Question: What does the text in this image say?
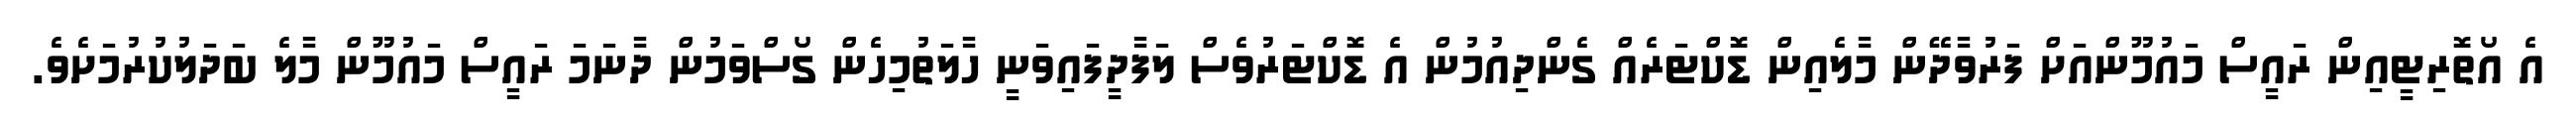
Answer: އެ އޯތޮރިޓީއިން ރައީސް މައުމޫންއަށް ފަރުވާދޭން މާލެއިން ޑޮކްޓަރެއް ގެންދިއުމުން އެ ޑޮކްޓަރުވެސް ލަފާދީފައިވަނީ ހާލަތުމިހެން ގޯސްވަމުން ދާނަމަ ރައީސް މައުމޫން މާލެ ބަދަލުކުރުމަށެވެ.